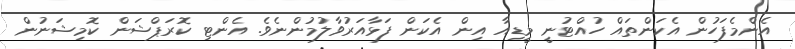
އެންމެފަހުން އެކަންތައް ހުއްޓުނީ މީޑިއާ އިން އެކަން ފަޅާއަރުވާލުމުންނެވެ. އެންޓި ކޮރަޕްޝަން ކޮމިޝަނުން